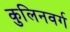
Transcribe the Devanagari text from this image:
कुलिनवर्ग